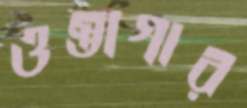
ওস্তাগার